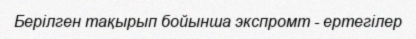
Берілген тақырып бойынша экспромт - ертегілер